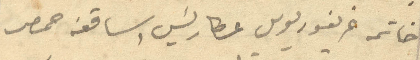
خاتمه غريغوريوس عطا رئيس اساقفه حمص